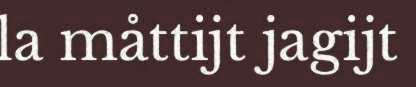
la måttijt jagijt